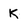
Character: K